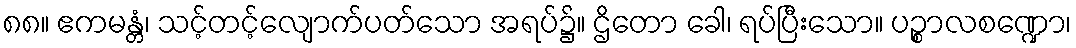
၈၈။ ဧကမန္တံ၊ သင့်တင့်လျောက်ပတ်သော အရပ်၌။ ဌိတော ခေါ၊ ရပ်ပြီးသော။ ပဉ္စာလစဏ္ဍော၊